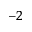
^ { - 2 }